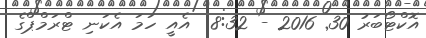
އޮކްޓޯބަރު 30